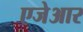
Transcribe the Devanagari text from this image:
एजेआर